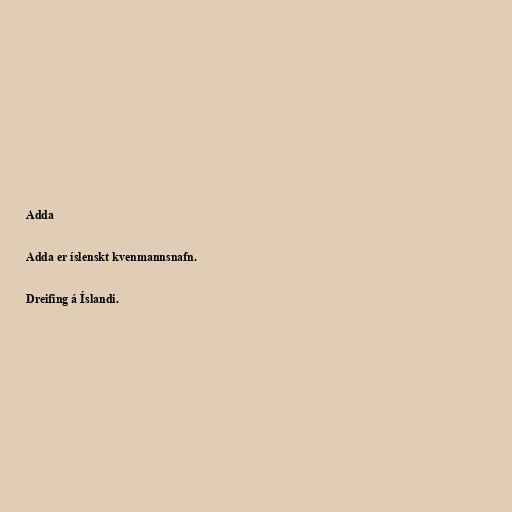
Adda

Adda er íslenskt kvenmannsnafn.

Dreifing á Íslandi.